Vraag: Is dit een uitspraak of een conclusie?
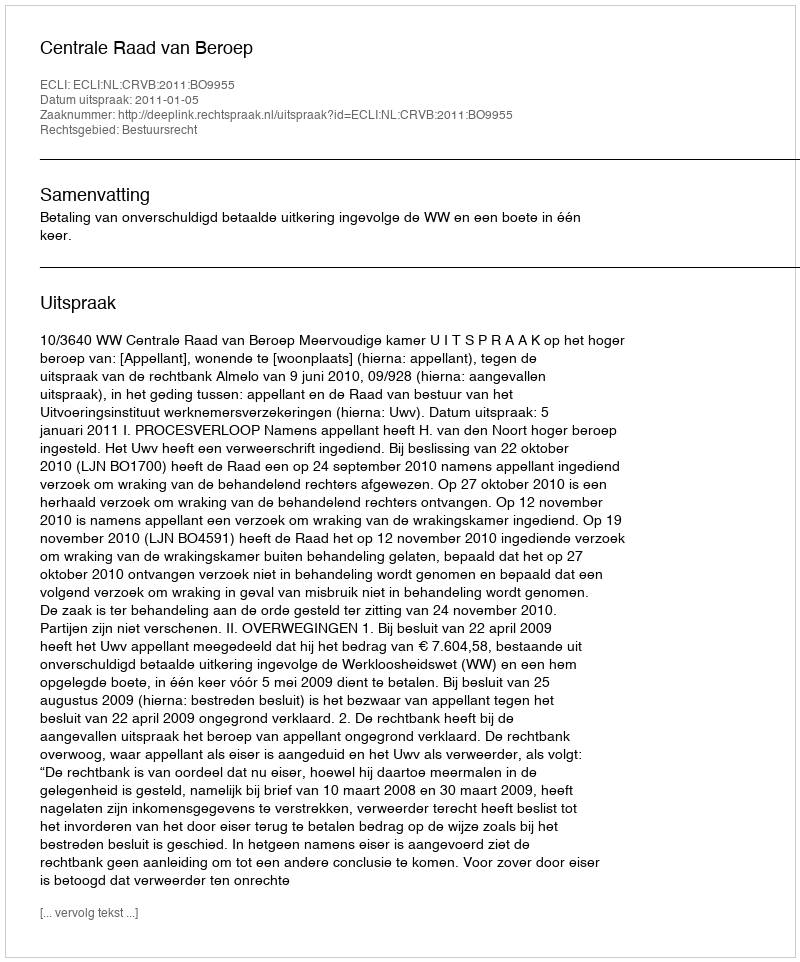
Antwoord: Uitspraak